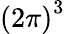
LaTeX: {\left({2\pi}\right)^{3}}